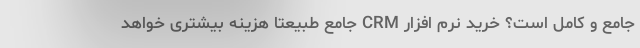
جامع و کامل است؟ خرید نرم افزار CRM جامع طبیعتا هزینه بیشتری خواهد